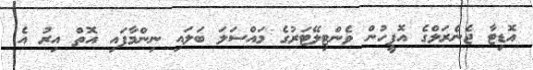
އޮޑިޓާ ޖެނެރަލްގެ އޮފީހުން ވެންޓިލޭޓަރުގެ މައްސަލަ ބަލައި ނިންމާފައި އޮތް އިރު އެ